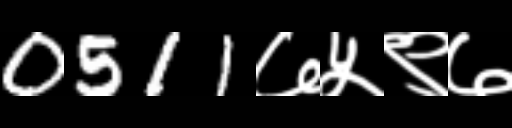
Text: 0511७५९७